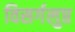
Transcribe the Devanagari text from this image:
विसर्गलुप्त